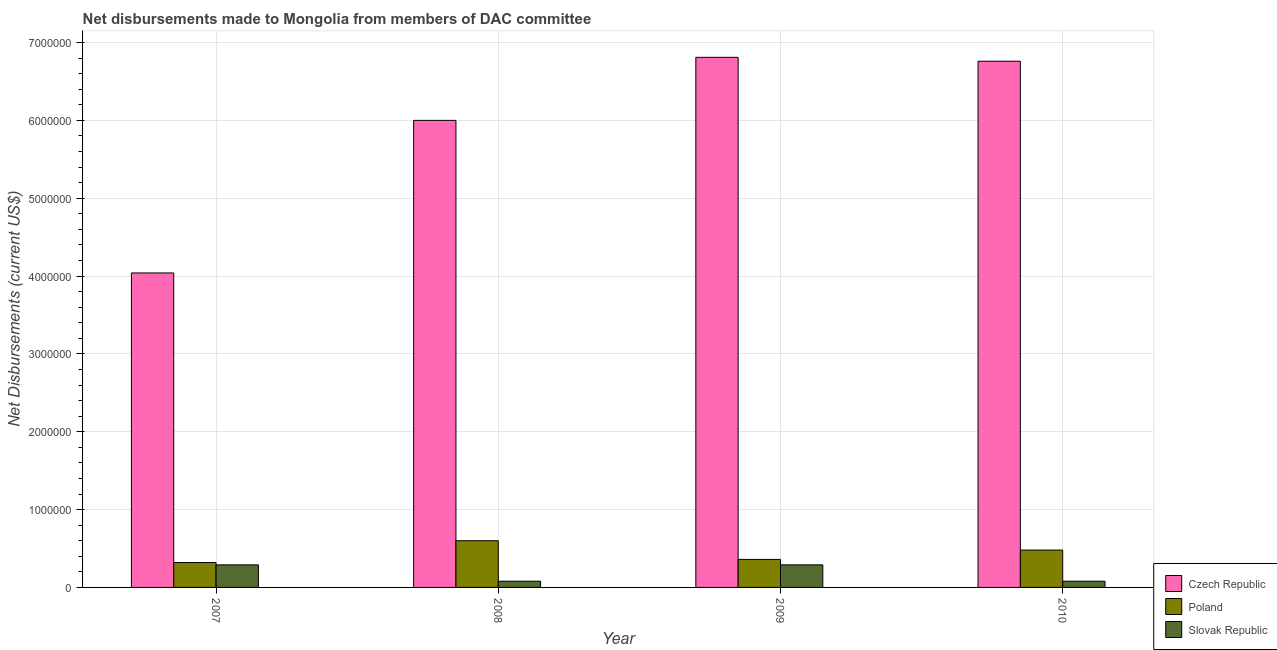
| Year | Czech Republic | Poland | Slovak Republic |
 | --- | --- | --- | --- |
 | 2007 | 4.04e+06 | 3.2e+05 | 2.9e+05 |
 | 2008 | 6e+06 | 6e+05 | 8e+04 |
 | 2009 | 6.81e+06 | 3.6e+05 | 2.9e+05 |
 | 2010 | 6.76e+06 | 4.8e+05 | 8e+04 |